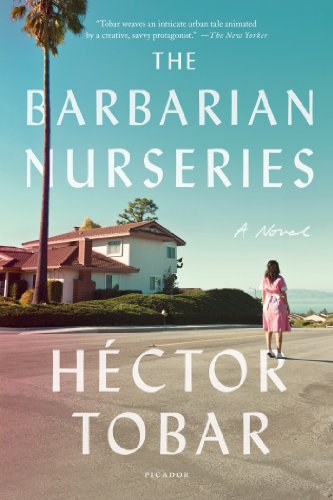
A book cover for The Barbarian Nurseries: A Novel; HÃ©ctor Tobar; Literature & Fiction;